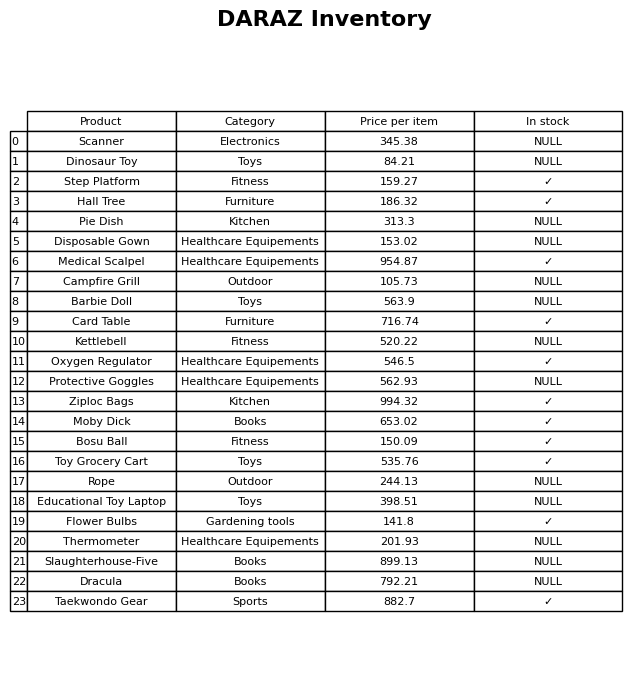
question: What is the price of the Thermometer?
answer: The price of Thermometer is 201.93.